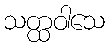
သတ္ထဝါသေ